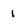
Character: 1